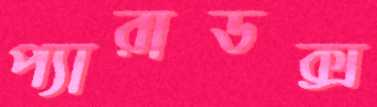
প্যারাডক্স